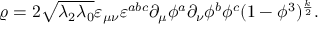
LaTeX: \varrho = 2 \sqrt { \lambda _ { 2 } \lambda _ { 0 } } \varepsilon _ { \mu \nu } \varepsilon ^ { a b c } \partial _ { \mu } \phi ^ { a } \partial _ { \nu } \phi ^ { b } \phi ^ { c } ( 1 - \phi ^ { 3 } ) ^ { \frac { k } { 2 } } .